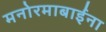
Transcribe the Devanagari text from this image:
मनोरमाबाईंना